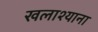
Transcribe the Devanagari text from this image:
खलाश्याना